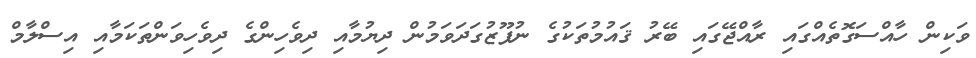
ވަކިން ހާއްސަގޮތެއްގައި ރާއްޖޭގައި ބޭރު ޤައުމުތަކުގެ ނުފޫޒުގަދަވަމުން ދިޔުމާއި ދިވެހިންގެ ދިވެހިވަންތަކަމާއި އިސްލާމް